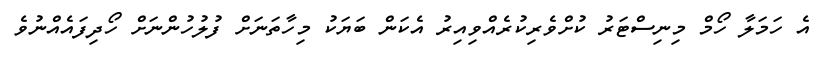
އެ ހަމަލާ ހޯމް މިނިސްޓަރު ކުށްވެރިކުރެއްވިއިރު އެކަން ބަޔަކު މިހާތަނަށް ފުލުހުންނަށް ހޯދިފައެއްނުވެ